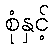
စုံနှင့်